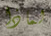
لماذا